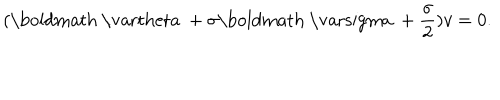
( \mathrm { \boldmath ~ \ v a r t h e t a ~ } + \sigma \mathrm { \boldmath ~ \ v a r s i g m a ~ } + \frac { \sigma } { 2 } ) v = 0 .